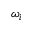
\omega _ { i }